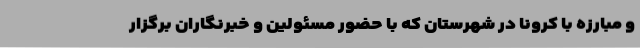
و مبارزه با کرونا در شهرستان که با حضور مسئولین و خبرنگاران برگزار